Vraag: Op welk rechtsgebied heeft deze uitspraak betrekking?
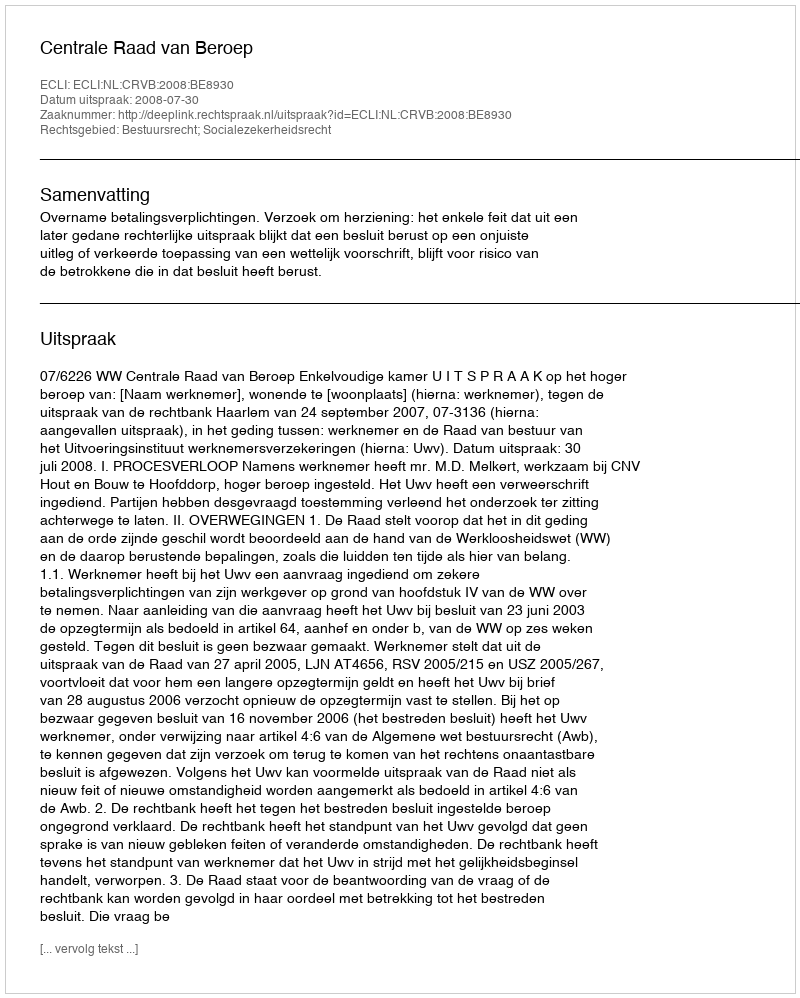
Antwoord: Bestuursrecht; Socialezekerheidsrecht